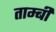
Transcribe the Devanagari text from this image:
ताम्बी